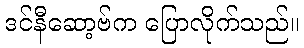
ဒင်နီဆော့ဗ်က ပြောလိုက်သည်။